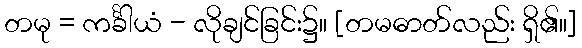
တမု = ကင်္ခါယံ - လိုချင်ခြင်း၌။ [တမဓာတ်လည်း ရှိ၏။]